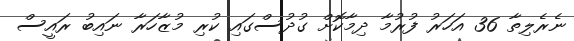
ނެރެލިތާ 36 އަހަރު ފުރުމާ ދިމާކޮށް ގުދުސްގައި ކުރި މުޒާހަރާ ނައިބު ރައީސް